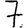
Digit: 7